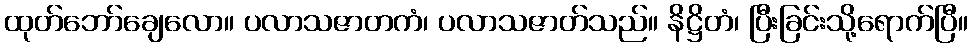
ထုတ်ဘော်ချေလော။ ပလာသဇာတကံ၊ ပလာသဇာတ်သည်။ နိဋ္ဌိတံ၊ ပြီးခြင်းသို့ရောက်ပြီ။